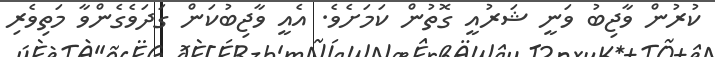
ކުރުން ވާޖިބު ވަނީ ޝަރުއީ ގޮތުން ކަމަށެވެ. އެއީ ވާޖިބުކަން ގަދަވެގެންވާ މަތިވެރި